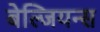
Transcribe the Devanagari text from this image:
बेल्जियन्स